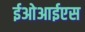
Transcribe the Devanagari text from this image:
ईओआईएस